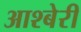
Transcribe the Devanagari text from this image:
आश्बेरी